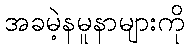
အခမဲ့နမူနာများကို